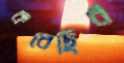
করেছির